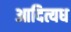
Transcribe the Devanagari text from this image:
आदित्यध